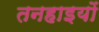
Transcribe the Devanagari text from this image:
तनहाइयों